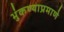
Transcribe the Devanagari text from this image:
भुंकण्याप्रमाणे